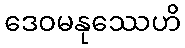
ဒေဝမနုဿေဟိ